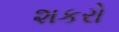
શકરો